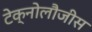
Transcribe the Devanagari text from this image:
टेक्नोलौजीस